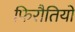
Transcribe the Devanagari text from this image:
फिरौतियों